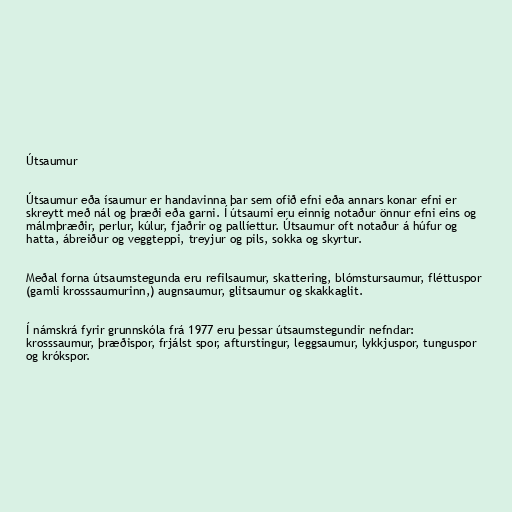
Útsaumur

Útsaumur eða ísaumur er handavinna þar sem ofið efni eða annars konar efni er
skreytt með nál og þræði eða garni. Í útsaumi eru einnig notaður önnur efni eins og
málmþræðir, perlur, kúlur, fjaðrir og pallíettur. Útsaumur oft notaður á húfur og
hatta, ábreiður og veggteppi, treyjur og pils, sokka og skyrtur.

Meðal forna útsaumstegunda eru refilsaumur, skattering, blómstursaumur, fléttuspor
(gamli krosssaumurinn,) augnsaumur, glitsaumur og skakkaglit.

Í námskrá fyrir grunnskóla frá 1977 eru þessar útsaumstegundir nefndar:
krosssaumur, þræðispor, frjálst spor, afturstingur, leggsaumur, lykkjuspor, tunguspor
og krókspor.